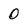
Character: 0